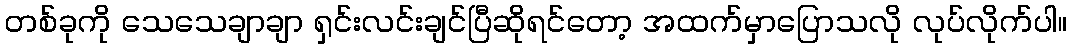
တစ်ခုကို သေသေချာချာ ရှင်းလင်းချင်ပြီဆိုရင်တော့ အထက်မှာပြောသလို လုပ်လိုက်ပါ။